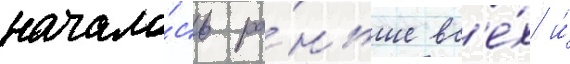
начало́сь ра́ньше вс'е́х и́